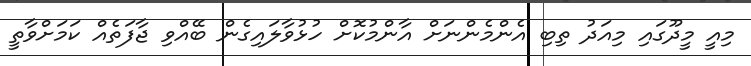
މިއީ މީދޫގައި މިއަދު ތިބި އެންމެންނަށް އާންމުކޮށް ހުޅުވާލައިގެން ބޭއްވި ޖާފަތެއް ކަމަށްވާތީ